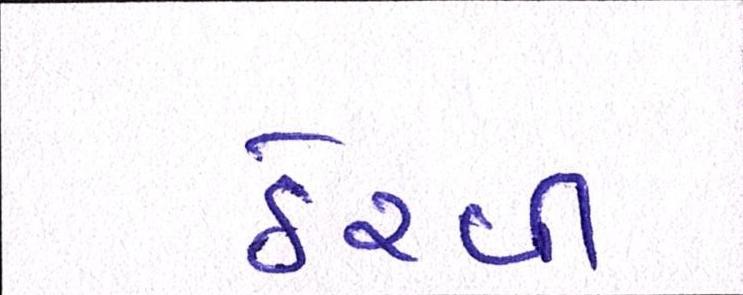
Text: ઠેરવી